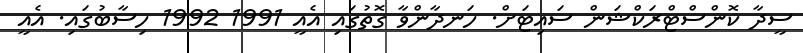
ސީދާ ކޮންސްޓްރަކްޝަން ސައިޓަށް. ހަނދާންވާ ގޮތުގައި އެއީ 1991 1992 ހިސާބުގައި. އެއީ